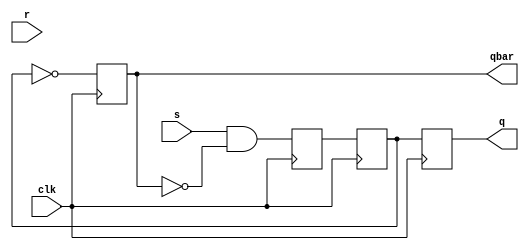
module sr_ff (
    input s, r, clk,
    output reg q, qbar
);

reg master_out, slave_out;

always @ (posedge clk) begin
    master_out <= s & ~qbar;
    slave_out <= master_out;
end

always @ (posedge clk) begin
    q <= slave_out;
    qbar <= ~slave_out;
end

endmodule